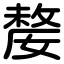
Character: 嫠